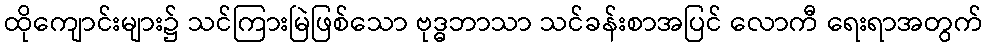
ထိုကျောင်းများ၌ သင်ကြားမြဲဖြစ်သော ဗုဒ္ဓဘာသာ သင်ခန်းစာအပြင် လောကီ ရေးရာအတွက်